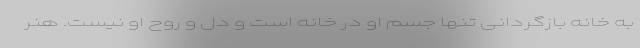
به خانه بازگردانی تنها جسم او در خانه است و دل و روح او نیست. هنر